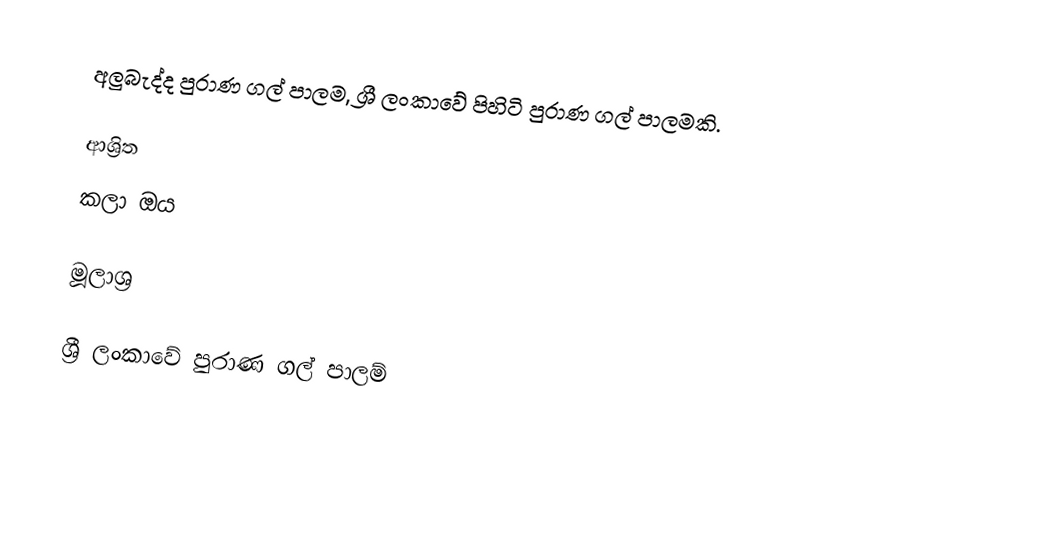
අලුබැද්ද පුරාණ ගල් පාලම, ශ්‍රී ලංකාවේ පිහිටි පුරාණ ගල් පාලමකි.

ආශ්‍රිත
 කලා ඔය

මූලාශ්‍ර

ශ්‍රී ලංකාවේ පුරාණ ගල් පාලම්